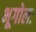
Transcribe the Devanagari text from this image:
भूगोलः